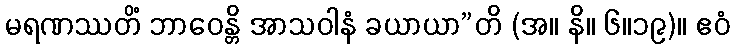
မရဏဿတိံ ဘာဝေန္တိ အာသဝါနံ ခယာယာ”တိ (အ။ နိ။ ၆။၁၉)။ ဧဝံ